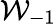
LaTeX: \mathcal{W}_{-1}